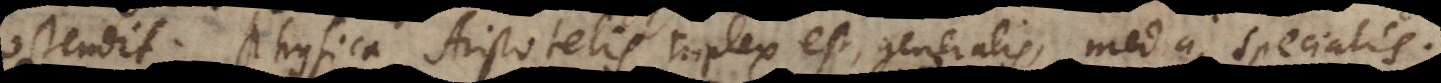
ostendit. Physica Aristotelis triplex est, generalis, media, specialis.